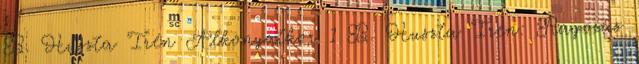
B. Huszta Irén Alkonyatkor 1 B. Huszta Irén: Ragozás